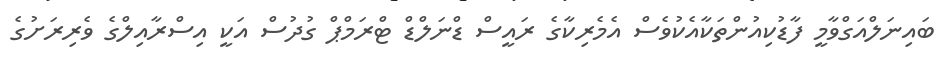
ބައިނަލްއަގްވާމީ ފާޑުކިއުންތަކާއެކުވެސް އެމެރިކާގެ ރައީސް ޑްނަލްޑް ޓްރަމްޕް ގުދުސް އަކީ އިސްރާއިލްގެ ވެރިރަށުގެ